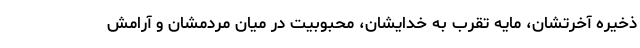
ذخیره آخرتشان، مایه تقرب به خدایشان، محبوبیت در میان مردمشان و آرامش